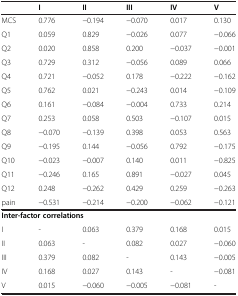
<table><thead><tr><td><b> </b></td><td><b>I</b></td><td><b>II</b></td><td><b>III</b></td><td><b>IV</b></td><td><b>V</b></td></tr></thead><tbody><tr><td>MCS</td><td>0.776</td><td>−0.194</td><td>−0.070</td><td>0.017</td><td>0.130</td></tr><tr><td>Q1</td><td>0.059</td><td>0.829</td><td>−0.026</td><td>0.077</td><td>−0.066</td></tr><tr><td>Q2</td><td>0.020</td><td>0.858</td><td>0.200</td><td>−0.037</td><td>−0.001</td></tr><tr><td>Q3</td><td>0.729</td><td>0.312</td><td>−0.056</td><td>0.089</td><td>0.066</td></tr><tr><td>Q4</td><td>0.721</td><td>−0.052</td><td>0.178</td><td>−0.222</td><td>−0.162</td></tr><tr><td>Q5</td><td>0.762</td><td>0.021</td><td>−0.243</td><td>0.014</td><td>−0.109</td></tr><tr><td>Q6</td><td>0.161</td><td>−0.084</td><td>−0.004</td><td>0.733</td><td>0.214</td></tr><tr><td>Q7</td><td>0.253</td><td>0.058</td><td>0.503</td><td>−0.107</td><td>0.015</td></tr><tr><td>Q8</td><td>−0.070</td><td>−0.139</td><td>0.398</td><td>0.053</td><td>0.563</td></tr><tr><td>Q9</td><td>−0.195</td><td>0.144</td><td>−0.056</td><td>0.792</td><td>−0.175</td></tr><tr><td>Q10</td><td>−0.023</td><td>−0.007</td><td>0.140</td><td>0.011</td><td>−0.825</td></tr><tr><td>Q11</td><td>−0.246</td><td>0.165</td><td>0.891</td><td>−0.027</td><td>0.045</td></tr><tr><td>Q12</td><td>0.248</td><td>−0.262</td><td>0.429</td><td>0.259</td><td>−0.263</td></tr><tr><td>pain</td><td>−0.531</td><td>−0.214</td><td>−0.200</td><td>−0.062</td><td>−0.121</td></tr><tr><td colspan="6"><b>Inter-factor correlations</b></td></tr><tr><td>I</td><td>-</td><td>0.063</td><td>0.379</td><td>0.168</td><td>0.015</td></tr><tr><td>II</td><td>0.063</td><td>-</td><td>0.082</td><td>0.027</td><td>−0.060</td></tr><tr><td>III</td><td>0.379</td><td>0.082</td><td>-</td><td>0.143</td><td>−0.005</td></tr><tr><td>IV</td><td>0.168</td><td>0.027</td><td>0.143</td><td>-</td><td>−0.081</td></tr><tr><td>V</td><td>0.015</td><td>−0.060</td><td>−0.005</td><td>−0.081</td><td>-</td></tr></tbody></table>